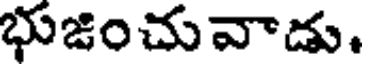
భుజించువాడు.